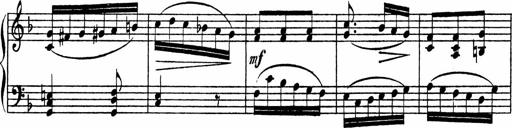
Title: Piano Sonata
Composer: Karl HÃ¤ssler
Key: C major